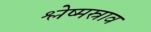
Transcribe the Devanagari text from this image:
श्लेष्मस्राव